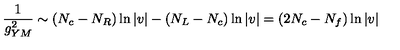
\frac { 1 } { g _ { Y M } ^ { 2 } } \sim ( N _ { c } - N _ { R } ) \ln | v | - ( N _ { L } - N _ { c } ) \ln | v | = ( 2 N _ { c } - N _ { f } ) \ln | v |